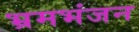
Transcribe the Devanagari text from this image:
भ्रमभंजन